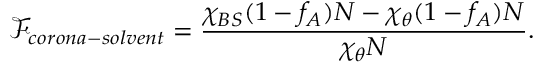
\mathcal { F } _ { c o r o n a - s o l v e n t } = \frac { \chi _ { B S } ( 1 - f _ { A } ) N - \chi _ { \theta } ( 1 - f _ { A } ) N } { \chi _ { \theta } N } .